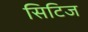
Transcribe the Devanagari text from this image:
सिटिज